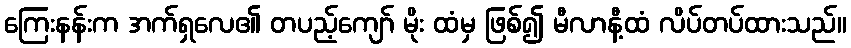
ကြေးနန်းက အက်ရှလေ၏ တပည့်ကျော် မိုး ထံမှ ဖြစ်၍ မီလာနီ့ထံ လိပ်တပ်ထားသည်။